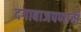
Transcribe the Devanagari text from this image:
दगाबाजपणाची